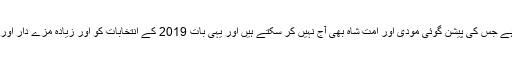
یہ ایک ایسی بات ہے جس کی پیشن گوئی مودی اور امت شاہ بھی آج نہیں کر سکتے ہیں اور یہی بات 2019 کے انتخابات کو اور زیادہ مزے دار اور دلچسپ بناتی ہے۔